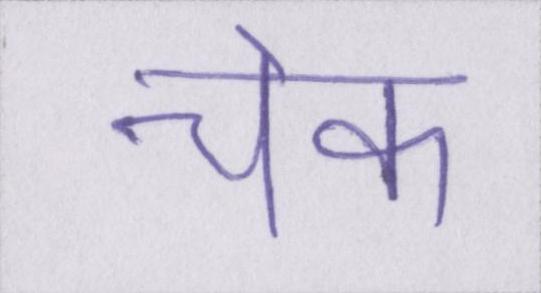
चेक